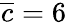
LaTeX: \overline{{c}}=6